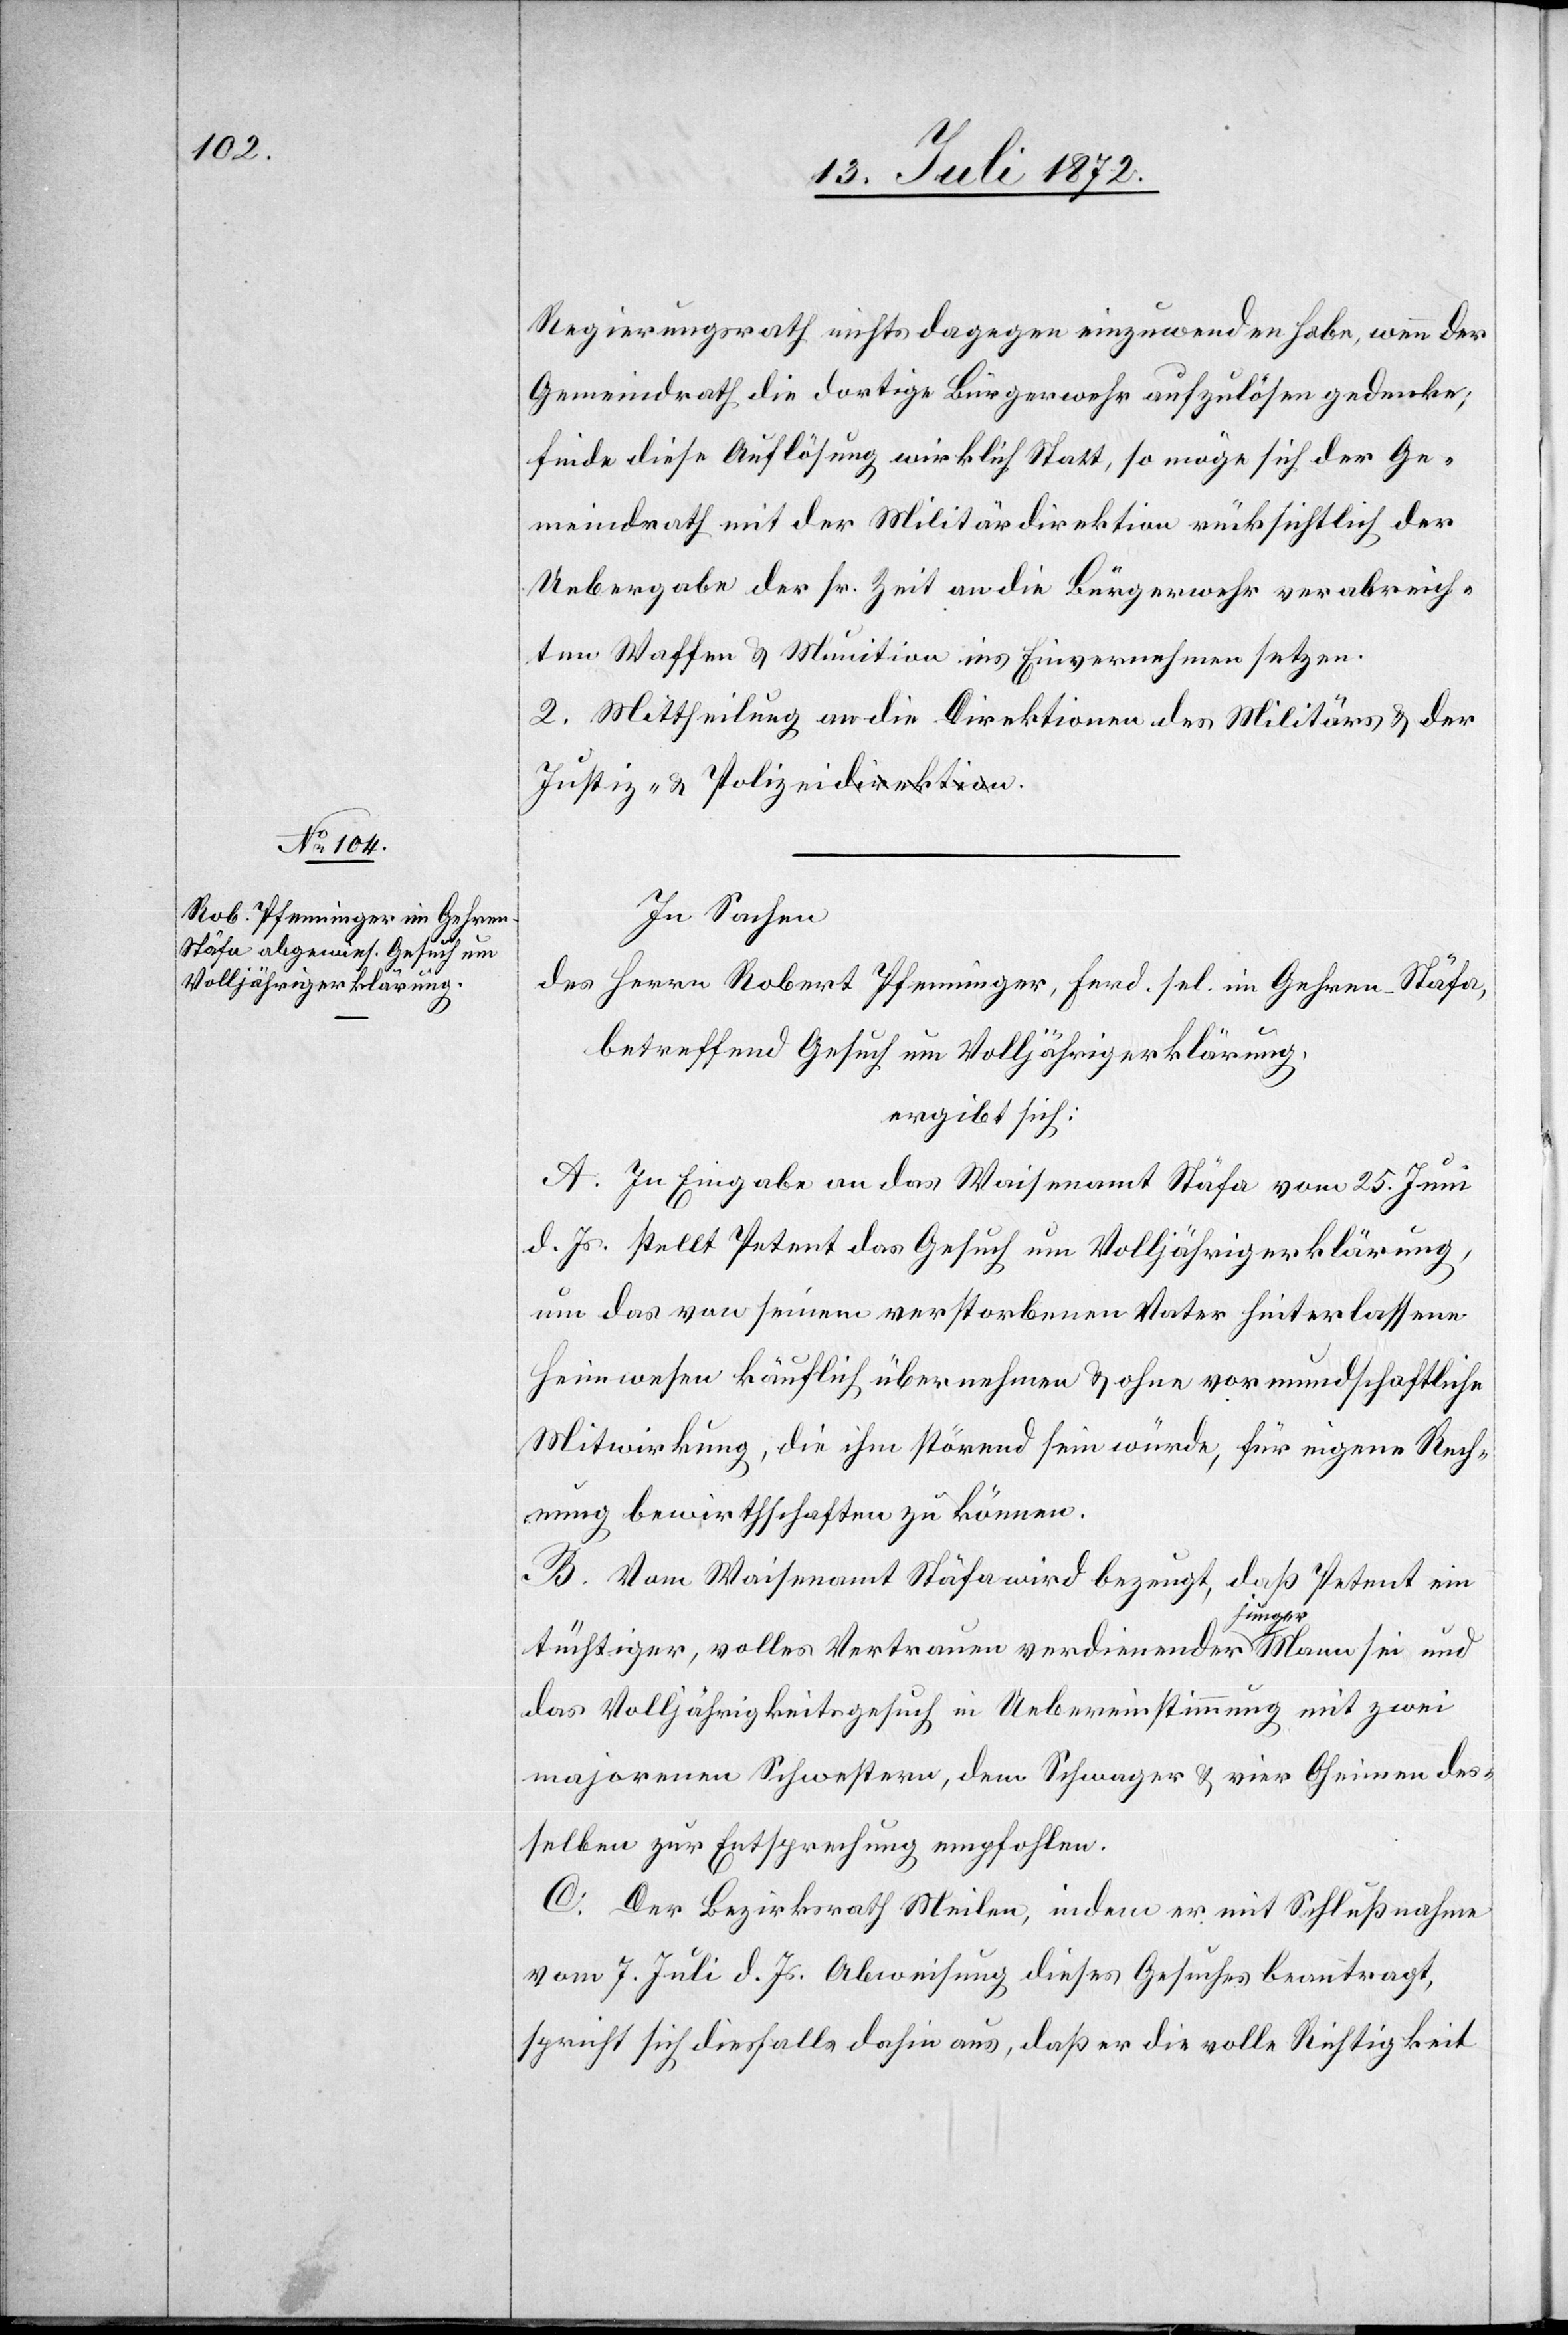
Regierungsrath nichts dagegen einzuwenden habe, wenn der
Gemeindrath die dortigen Bürgerwehr aufzulösen gedenke;
finde diese Auflösung wirklich Statt, so möge sich der Ge¬
meindrath mit der Militärdirektion rücksichtlich der
Uebergabe der sr. Zeit an die Bürgerwehr verabreich¬
ten Waffen u. Munition ins Einvernehmen setzen.
2. Mittheilung an die Direktionen des Militärs u. der
In Sachen
des Herrn Robert Pfenninger, Ferd. sel. im Gehren-Stäfa,
betreffend Gesuch um Volljährigerklärung,
ergibt sich:
A. In Eingabe an das Waisenamt Stäfa vom 25. Juni
d. Js. stellt Petent das Gesuch um Volljährigerklärung,
um das von seinem verstorbenen Vater hinterlassene
Heimwesen käuflich übernehmen u. ohne vormundschaftliche
Mitwirkung, die ihm störend sein würde, für eigene Rech¬
nung bewirthschaften zu können.
B. Vom Waisenamt Stäfa wird bezeugt, daß Petent ein
tüchtiger, volles Vertrauen verdienender junger Mann sei und
das Volljährigkeitsgesuch in Uebereinstimmung mit zwei
majorenen Schwestern, dem Schwager u. vier Oheimen des¬
selben zur Entsprechung empfohlen.
C. Der Bezirksrath Meilen, indem er mit Schlußnahme
vom 7. Juli d. Js. Abweisung dieses Gesuches beantragt,
spricht sich diesfalls dahin aus, daß er die volle Richtigkeit